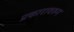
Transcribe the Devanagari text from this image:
प्रकारावरुन